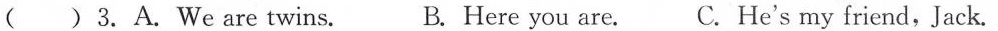
( ) 3.A.We are twins. B. Here you are. C. He's my friend, Jack.